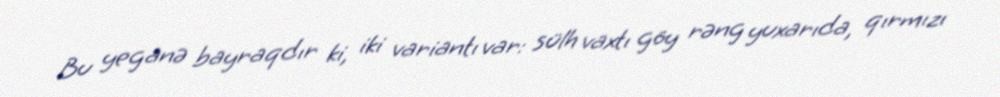
Bu yeganə bayraqdır ki, iki variantı var: sülh vaxtı göy rəng yuxarıda, qırmızı